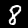
Digit: 8